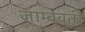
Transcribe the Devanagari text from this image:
जाम्‍बवती